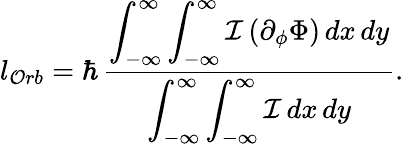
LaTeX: l_{\mathcal{O}rb}=\hbar\, \frac{{\displaystyle\int_{-\infty}^{\infty}\int_{-\infty}^{\infty}\mathcal{{I}}\, (\partial_{\phi}\Phi)\, dx\, dy}}{{\displaystyle\int_{-\infty}^{\infty}\int_{-\infty}^{\infty}\mathcal{{I}}\, dx\, dy}}.